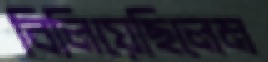
বিলিয়েছিলেম